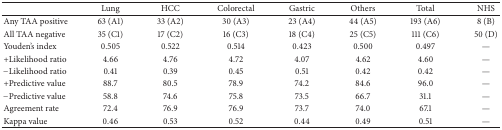
<table><thead><tr><td><b> </b></td><td><b>Lung</b></td><td><b>HCC</b></td><td><b>Colorectal</b></td><td><b>Gastric</b></td><td><b>Others </b></td><td><b>Total</b></td><td><b>NHS</b></td></tr></thead><tbody><tr><td>Any TAA positive</td><td>63 (A1)</td><td>33 (A2)</td><td>30 (A3)</td><td>23 (A4)</td><td>44 (A5)</td><td>193 (A6)</td><td>8 (B)</td></tr><tr><td>All TAA negative</td><td>35 (C1)</td><td>17 (C2)</td><td>16 (C3)</td><td>18 (C4)</td><td>25 (C5)</td><td>111 (C6)</td><td>50 (D)</td></tr><tr><td>Youden&#x27;s index</td><td>0.505</td><td>0.522</td><td>0.514</td><td>0.423</td><td>0.500</td><td>0.497</td><td>—</td></tr><tr><td>+Likelihood ratio</td><td>4.66</td><td>4.76</td><td>4.72</td><td>4.07</td><td>4.62</td><td>4.60</td><td>—</td></tr><tr><td>−Likelihood ratio</td><td>0.41</td><td>0.39</td><td>0.45</td><td>0.51</td><td>0.42</td><td>0.42</td><td>—</td></tr><tr><td>+Predictive value</td><td>88.7</td><td>80.5</td><td>78.9</td><td>74.2</td><td>84.6</td><td>96.0</td><td>—</td></tr><tr><td>−Predictive value</td><td>58.8</td><td>74.6</td><td>75.8</td><td>73.5</td><td>66.7</td><td>31.1</td><td>—</td></tr><tr><td>Agreement rate</td><td>72.4</td><td>76.9</td><td>76.9</td><td>73.7</td><td>74.0</td><td>67.1</td><td>—</td></tr><tr><td>Kappa value</td><td>0.46</td><td>0.53</td><td>0.52</td><td>0.44</td><td>0.49</td><td>0.51</td><td>—</td></tr></tbody></table>